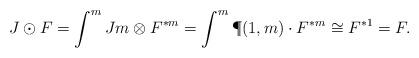
LaTeX: \begin{align*} J\odot F = \int^m Jm\otimes F^{\ast m}=\int^m \P(1,m)\cdot F^{\ast m} \cong F^{\ast 1}=F. \end{align*}